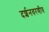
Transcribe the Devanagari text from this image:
दर्शनवरणीय